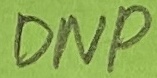
Text: DNP